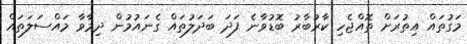
މަގުތައް އިތުރަށް ތޮއްޖެހި ކާރުބާރު ބޮޑުވާނެ ފަދަ ބަދަލުތައް ގެނައުމުން ދިމާވާ މައްސަލަތައް